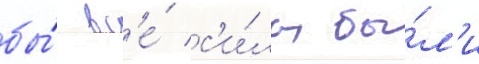
бы́ вс'е́ с'и́лы бы́л'и